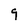
Character: 9